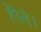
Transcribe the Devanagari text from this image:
होेते।